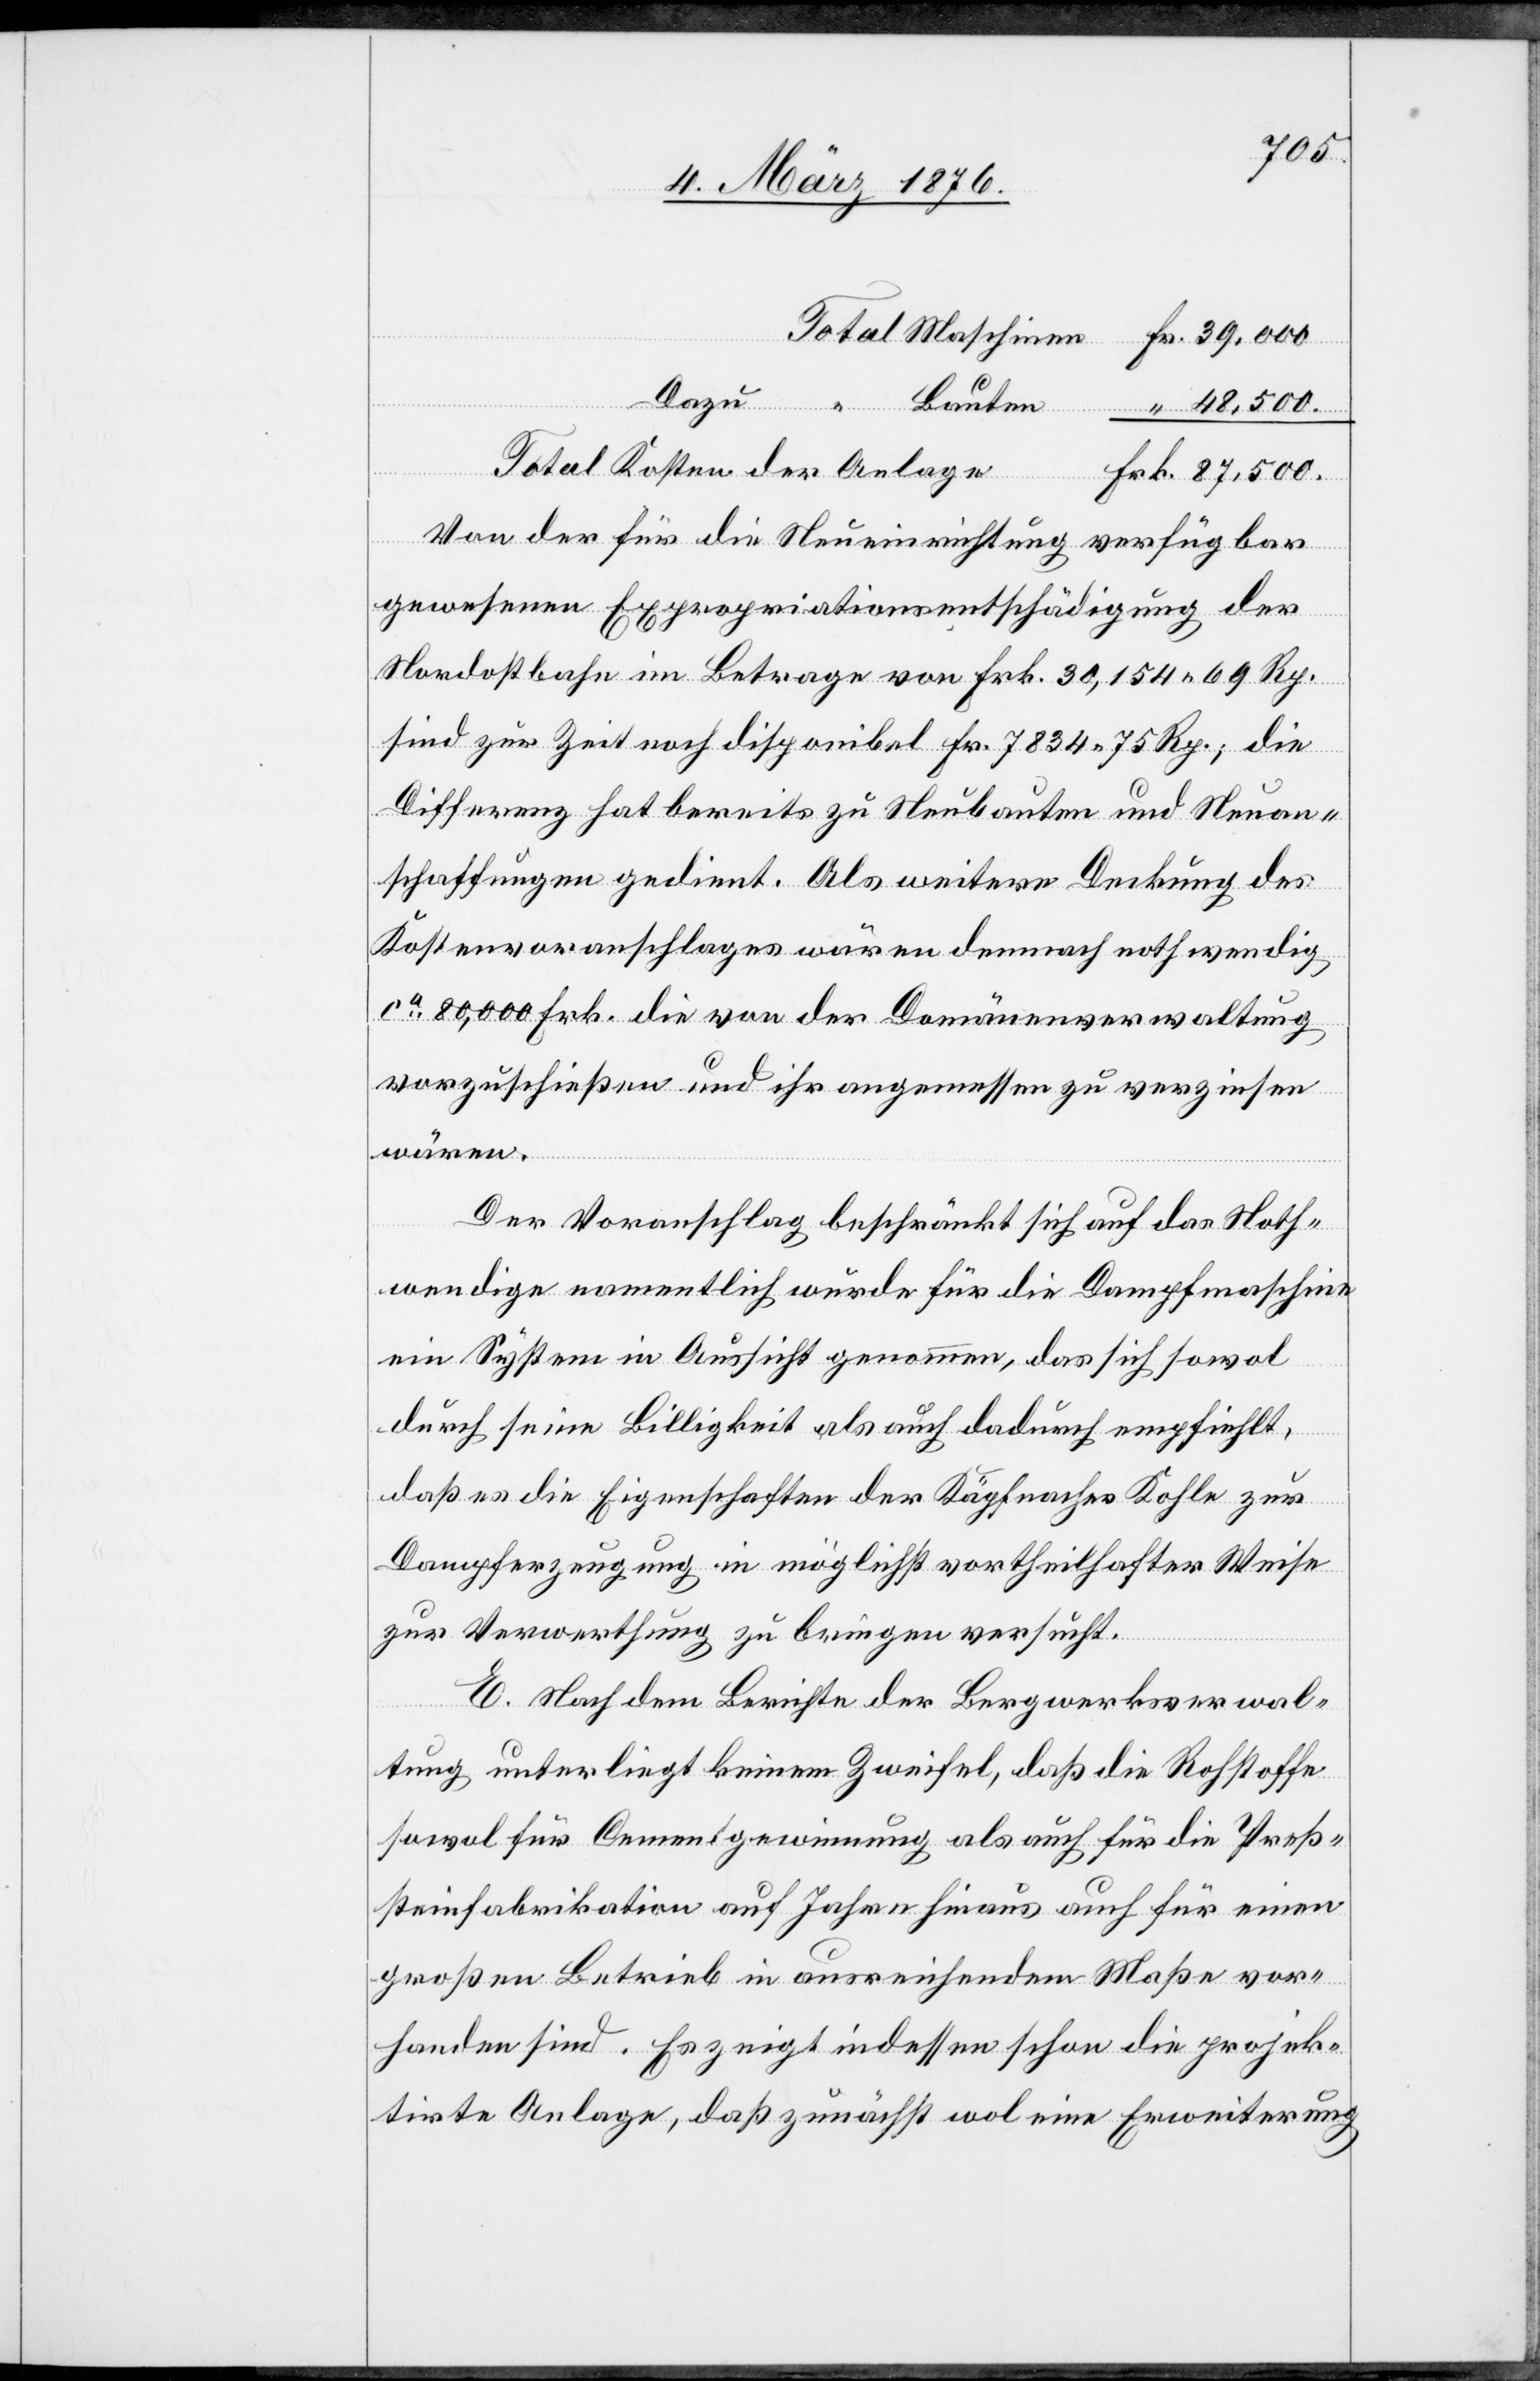
48,500.
Frk.
Total Kosten der Anlage
Von der für Neueinrichtung verfügbar
gewesenen Expropriationsentschädigung der
Nordostbahn im Betrage von Frk. 30,154 69 Rp.
sind zur Zeit noch disponibel Fr. 7834 75 Rp.; die
Differenz hat bereits zu Neubauten und Neuan¬
schaffungen gedient. Als weitere Deckung des
Kostenvoranschlages wären demnach nothwendig
ca 80,000 Frk. die von der Domänenverwaltung
vorzuschießen und ihr angemessen zu verzinsen
wären.
Der Voranschlag beschränkt sich auf das Noth¬
wendige namentlich würde für die Dampfmaschine
ein System in Aussicht genommen, das sich sowol
durch seine Billigkeit als auch dadurch empfiehlt,
“
daß es die Eigenschaften der Käpfnacher Kohle zur
Dampferzeugung in möglichst vortheilhafter Weise
zur Verwertung zu bringen versucht.
E. Nach dem Berichte der Bergwerksverwal¬
tung unterliegt keinem Zweifel, daß die Rohstoffe
sowol für Cementgewinnung als auch für die Preß¬
steinfabrikation auf Jahre hinaus auch für einen
großen Betrieb in ausreichendem Maße vor¬
handen sind. Es zeigt indessen schon die projek¬
tirte Anlage, daß zunächst wol eine Erweiterung